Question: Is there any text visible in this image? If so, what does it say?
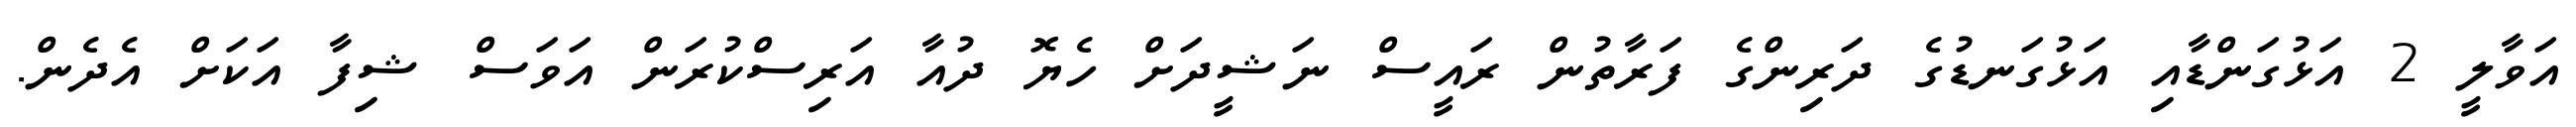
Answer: އަވާލީ 2 އަޅުގަންޑާއި އަޅުގަނޑުގެ ދަރިންގެ ފަރާތުން ރައީސް ނަޝީދަށް ހެޔޮ ދުއާ އަރިސްކުރަން އަވަސް ޝިފާ އަކަށް އެދެން.